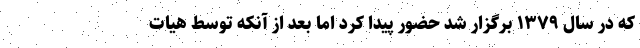
که در سال ۱۳۷۹ برگزار شد حضور پیدا کرد اما بعد از آنکه توسط هیات